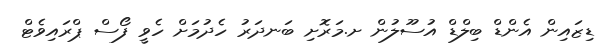
ޑިޒައިން އެންޑް ބިލްޑް އުސޫލުން ށ.މަރޮށި ބަނދަރު ހެދުމަށް ހެވީ ފޯސް ޕްރައިވެޓް